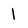
Character: 1